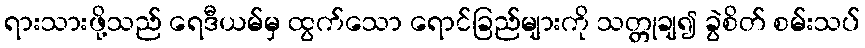
ရားသားဖို့သည် ရေဒီယမ်မှ ထွက်သော ရောင်ခြည်များကို သတ္တုချ၍ ခွဲစိတ် စမ်းသပ်